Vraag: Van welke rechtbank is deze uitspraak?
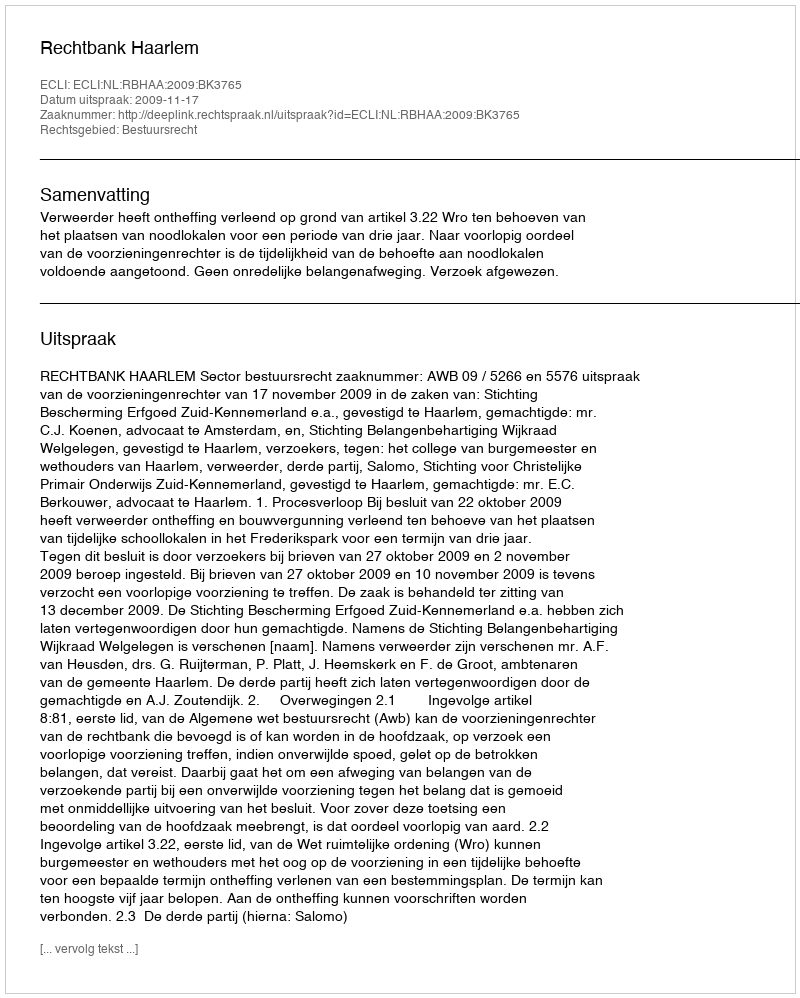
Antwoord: Rechtbank Haarlem